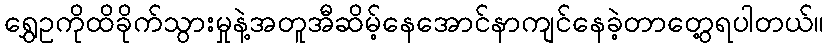
ရွှေဥကိုထိခိုက်သွားမှုနဲ့အတူအီဆိမ့်နေအောင်နာကျင်နေခဲ့တာတွေ့ရပါတယ်။